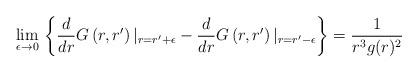
LaTeX: \begin{align*}\lim_{\epsilon \to 0} \, \left\{ \frac{d}{dr}G\left (r,r^\prime\right) \vert_{r=r^\prime+\epsilon} - \frac{d}{dr}G\left (r,r^\prime\right) \vert_{r=r^\prime-\epsilon}\right\} = \frac{1}{r^3 g(r)^2}\end{align*}